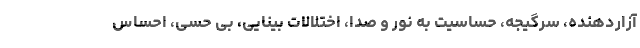
آزاردهنده، سرگیجه، حساسیت به نور و صدا، اختلالات بینایی، بی حسی، احساس